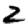
Digit: 2